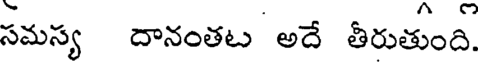
సమస్య దానంతట అదే తీరుతుంది.